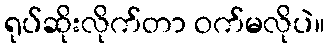
ရုပ်ဆိုးလိုက်တာ ဝက်မလိုပဲ။